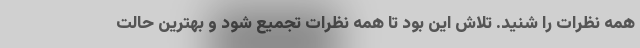
همه نظرات را شنید. تلاش این بود تا همه نظرات تجمیع شود و بهترین حالت